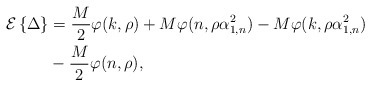
\begin{align*}\mathcal{E}\left\{\Delta\right\} &= \frac{M}{2}\varphi(k,\rho) +M\varphi(n,\rho \alpha_{1,n}^2) - M \varphi(k,\rho \alpha_{1,n}^2) \\ & -\frac{M}{2}\varphi(n,\rho ) ,\end{align*}